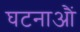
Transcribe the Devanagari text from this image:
घटनाऔं